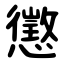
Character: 懲